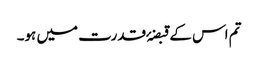
تم اس کے قبضۂ قدرت میں ہو۔